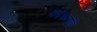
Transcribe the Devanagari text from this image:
कोर्च्नोई